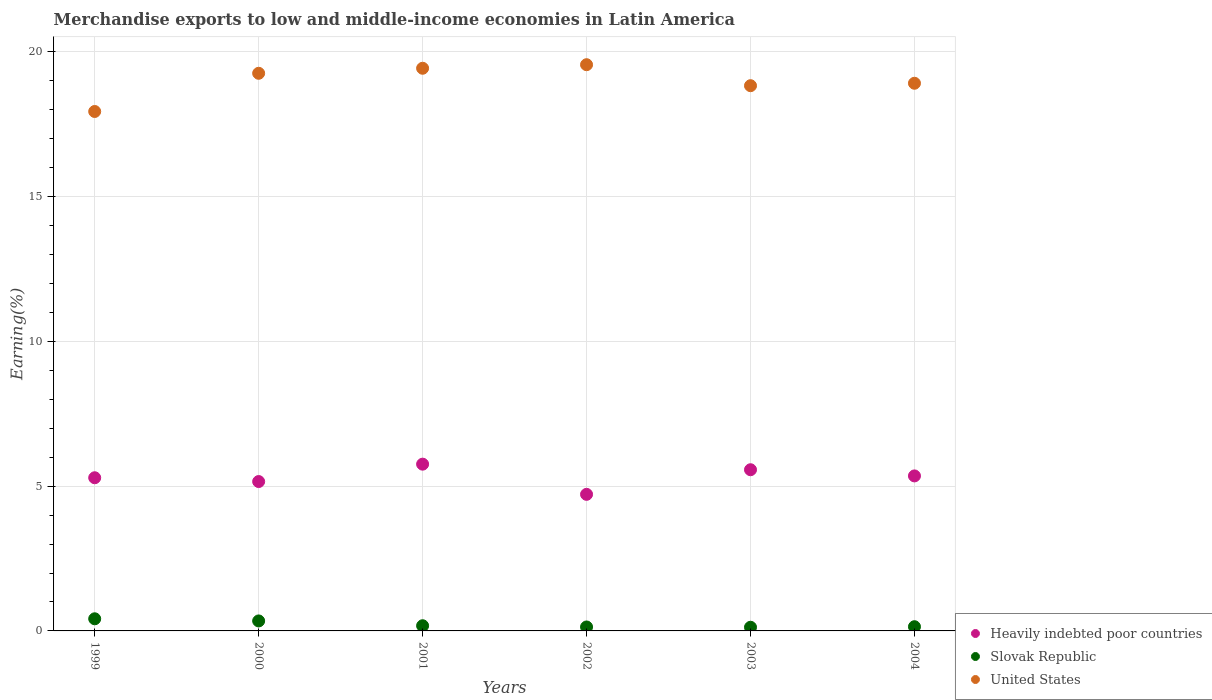
| Years | Heavily indebted poor countries | Slovak Republic | United States |
 | --- | --- | --- | --- |
 | 1999 | 5.29 | 0.419 | 17.9 |
 | 2000 | 5.16 | 0.345 | 19.3 |
 | 2001 | 5.76 | 0.179 | 19.4 |
 | 2002 | 4.72 | 0.137 | 19.6 |
 | 2003 | 5.57 | 0.127 | 18.8 |
 | 2004 | 5.36 | 0.146 | 18.9 |